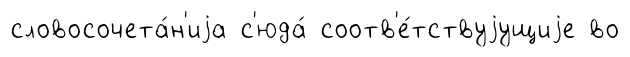
словосочета́н'иjа с'юда́ соотв'е́тствуjущиjе во